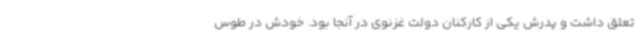
تعلق داشت و پدرش یکی از کارکنان دولت غزنوی در آنجا بود. خودش در طوس